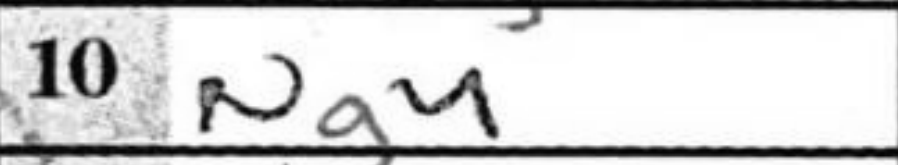
Transcription: Ng4